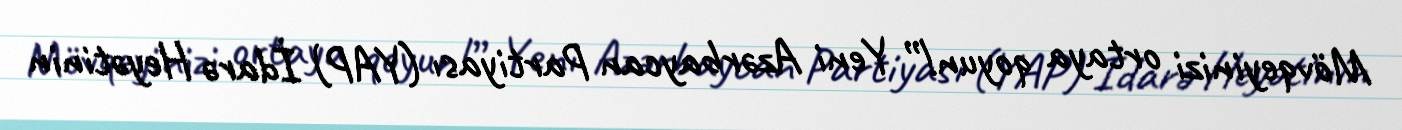
Mövqeyinizi ortaya qoyun!” Yeni Azərbaycan Partiyası (YAP) İdarə Heyətinin